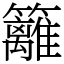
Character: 籬